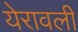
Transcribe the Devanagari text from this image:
येरावली